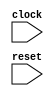
module WithResetTest(
    input clock,
    input reset
);
    wire reset2;
    wire _T_4;
    BITS #(.width(1), .high(0), .low(0)) bits_1 (
        .y(_T_4),
        .in(reset)
    );
    wire _T_5;
    BITWISEOR #(.width(1)) bitwiseor_2 (
        .y(_T_5),
        .a(reset2),
        .b(_T_4)
    );
    wire [7:0] _reg___q;
    wire [7:0] _reg___d;
    DFF_POSCLK #(.width(8)) reg_ (
        .q(_reg___q),
        .d(_reg___d),
        .clk(clock)
    );
    wire [7:0] _WTEMP_0;
    MUX_UNSIGNED #(.width(8)) u_mux_3 (
        .y(_reg___d),
        .sel(_T_5),
        .a(8'h0),
        .b(_WTEMP_0)
    );
    wire [8:0] _T_9;
    wire [7:0] _WTEMP_1;
    PAD_UNSIGNED #(.width(1), .n(8)) u_pad_4 (
        .y(_WTEMP_1),
        .in(1'h1)
    );
    ADD_UNSIGNED #(.width(8)) u_add_5 (
        .y(_T_9),
        .a(_reg___q),
        .b(_WTEMP_1)
    );
    wire [7:0] _T_10;
    TAIL #(.width(9), .n(1)) tail_6 (
        .y(_T_10),
        .in(_T_9)
    );
    wire [3:0] _value__q;
    wire [3:0] _value__d;
    DFF_POSCLK #(.width(4)) value (
        .q(_value__q),
        .d(_value__d),
        .clk(clock)
    );
    wire [3:0] _WTEMP_2;
    MUX_UNSIGNED #(.width(4)) u_mux_7 (
        .y(_value__d),
        .sel(reset),
        .a(4'h0),
        .b(_WTEMP_2)
    );
    wire _T_15;
    EQ_UNSIGNED #(.width(4)) u_eq_8 (
        .y(_T_15),
        .a(_value__q),
        .b(4'h9)
    );
    wire [4:0] _T_17;
    wire [3:0] _WTEMP_3;
    PAD_UNSIGNED #(.width(1), .n(4)) u_pad_9 (
        .y(_WTEMP_3),
        .in(1'h1)
    );
    ADD_UNSIGNED #(.width(4)) u_add_10 (
        .y(_T_17),
        .a(_value__q),
        .b(_WTEMP_3)
    );
    wire [3:0] _T_18;
    TAIL #(.width(5), .n(1)) tail_11 (
        .y(_T_18),
        .in(_T_17)
    );
    wire [3:0] _node_0;
    wire [3:0] _WTEMP_4;
    PAD_UNSIGNED #(.width(1), .n(4)) u_pad_12 (
        .y(_WTEMP_4),
        .in(1'h0)
    );
    MUX_UNSIGNED #(.width(4)) u_mux_13 (
        .y(_node_0),
        .sel(_T_15),
        .a(_WTEMP_4),
        .b(_T_18)
    );
    wire done;
    BITWISEAND #(.width(1)) bitwiseand_14 (
        .y(done),
        .a(1'h1),
        .b(_T_15)
    );
    wire _T_21;
    wire [3:0] _WTEMP_5;
    PAD_UNSIGNED #(.width(3), .n(4)) u_pad_15 (
        .y(_WTEMP_5),
        .in(3'h7)
    );
    LT_UNSIGNED #(.width(4)) u_lt_16 (
        .y(_T_21),
        .a(_value__q),
        .b(_WTEMP_5)
    );
    wire _T_22;
    wire [7:0] _WTEMP_6;
    PAD_UNSIGNED #(.width(4), .n(8)) u_pad_17 (
        .y(_WTEMP_6),
        .in(_value__q)
    );
    EQ_UNSIGNED #(.width(8)) u_eq_18 (
        .y(_T_22),
        .a(_reg___q),
        .b(_WTEMP_6)
    );
    wire _T_23;
    BITS #(.width(1), .high(0), .low(0)) bits_19 (
        .y(_T_23),
        .in(reset)
    );
    wire _T_24;
    BITWISEOR #(.width(1)) bitwiseor_20 (
        .y(_T_24),
        .a(_T_22),
        .b(_T_23)
    );
    wire _T_26;
    EQ_UNSIGNED #(.width(1)) u_eq_21 (
        .y(_T_26),
        .a(_T_24),
        .b(1'h0)
    );
    wire _T_28;
    wire [3:0] _WTEMP_7;
    PAD_UNSIGNED #(.width(3), .n(4)) u_pad_22 (
        .y(_WTEMP_7),
        .in(3'h7)
    );
    EQ_UNSIGNED #(.width(4)) u_eq_23 (
        .y(_T_28),
        .a(_value__q),
        .b(_WTEMP_7)
    );
    wire _T_31;
    EQ_UNSIGNED #(.width(4)) u_eq_24 (
        .y(_T_31),
        .a(_value__q),
        .b(4'h8)
    );
    wire _T_33;
    wire [7:0] _WTEMP_8;
    PAD_UNSIGNED #(.width(1), .n(8)) u_pad_25 (
        .y(_WTEMP_8),
        .in(1'h0)
    );
    EQ_UNSIGNED #(.width(8)) u_eq_26 (
        .y(_T_33),
        .a(_reg___q),
        .b(_WTEMP_8)
    );
    wire _T_34;
    BITS #(.width(1), .high(0), .low(0)) bits_27 (
        .y(_T_34),
        .in(reset)
    );
    wire _T_35;
    BITWISEOR #(.width(1)) bitwiseor_28 (
        .y(_T_35),
        .a(_T_33),
        .b(_T_34)
    );
    wire _T_37;
    EQ_UNSIGNED #(.width(1)) u_eq_29 (
        .y(_T_37),
        .a(_T_35),
        .b(1'h0)
    );
    wire _node_1;
    MUX_UNSIGNED #(.width(1)) u_mux_30 (
        .y(_node_1),
        .sel(_T_28),
        .a(1'h1),
        .b(1'h0)
    );
    wire _T_38;
    BITS #(.width(1), .high(0), .low(0)) bits_31 (
        .y(_T_38),
        .in(reset)
    );
    wire _T_40;
    EQ_UNSIGNED #(.width(1)) u_eq_32 (
        .y(_T_40),
        .a(_T_38),
        .b(1'h0)
    );
    assign _WTEMP_0 = _T_10;
    MUX_UNSIGNED #(.width(1)) u_mux_33 (
        .y(reset2),
        .sel(_T_21),
        .a(1'h0),
        .b(_node_1)
    );
    MUX_UNSIGNED #(.width(4)) u_mux_34 (
        .y(_WTEMP_2),
        .sel(1'h1),
        .a(_node_0),
        .b(_value__q)
    );
endmodule //WithResetTest
module BITS(y, in);
    parameter width = 4;
    parameter high = 2;
    parameter low = 0;
    output [high-low:0] y;
    input [width-1:0] in;
    assign y = in[high:low];
endmodule // BITS
module BITWISEOR(y, a, b);
    parameter width = 4;
    output [width-1:0] y;
    input [width-1:0] a;
    input [width-1:0] b;
    assign y = a | b;
endmodule // BITWISEOR
module DFF_POSCLK(q, d, clk);
    parameter width = 4;
    output reg [width-1:0] q;
    input [width-1:0] d;
    input clk;
    always @(posedge clk) begin
        q <= d;
    end
endmodule // DFF_POSCLK
module MUX_UNSIGNED(y, sel, a, b);
    parameter width = 4;
    output [width-1:0] y;
    input sel;
    input [width-1:0] a;
    input [width-1:0] b;
    assign y = sel ? a : b;
endmodule // MUX_UNSIGNED
module PAD_UNSIGNED(y, in);
    parameter width = 4;
    parameter n = 4;
    output [(n > width ? n : width)-1:0] y;
    input [width-1:0] in;
    assign y = (n > width) ? {{(n - width){1'b0}}, in} : in;
endmodule // PAD_UNSIGNED
module ADD_UNSIGNED(y, a, b);
    parameter width = 4;
    output [width:0] y;
    input [width-1:0] a;
    input [width-1:0] b;
    assign y = a + b;
endmodule // ADD_UNSIGNED
module TAIL(y, in);
    parameter width = 4;
    parameter n = 2;
    output [width-n-1:0] y;
    input [width-1:0] in;
    assign y = in[width-n-1:0];
endmodule // TAIL
module EQ_UNSIGNED(y, a, b);
    parameter width = 4;
    output y;
    input [width-1:0] a;
    input [width-1:0] b;
    assign y = a == b;
endmodule // EQ_UNSIGNED
module BITWISEAND(y, a, b);
    parameter width = 4;
    output [width-1:0] y;
    input [width-1:0] a;
    input [width-1:0] b;
    assign y = a & b;
endmodule // BITWISEAND
module LT_UNSIGNED(y, a, b);
    parameter width = 4;
    output y;
    input [width-1:0] a;
    input [width-1:0] b;
    assign y = a < b;
endmodule // LT_UNSIGNED